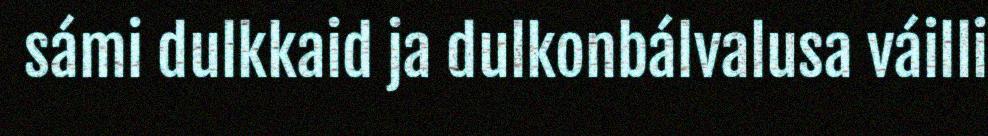
sámi dulkkaid ja dulkonbálvalusa váilli